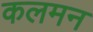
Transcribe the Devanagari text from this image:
कलमन